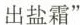
出盐霜”